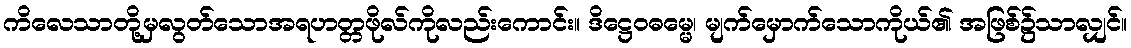
ကိလေသာတို့မှလွတ်သောအရဟတ္တဖိုလ်ကိုလည်းကောင်း။ ဒိဋ္ဌေဝဓမ္မေ၊ မျက်မှောက်သောကိုယ်၏ အဖြစ်၌သာလျှင်။